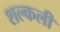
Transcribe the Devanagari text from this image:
शल्कली